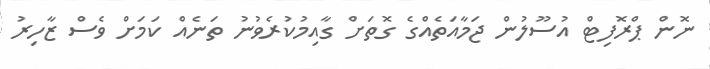
ނޮން ޕްރޮފިޓް އުސޫލުން ޖަމާއަތެއްގެ ގޮތަށް ގާއިމުކުރެވުނު ތަނެއް ކަމަށް ވެސް ޒާހިރު